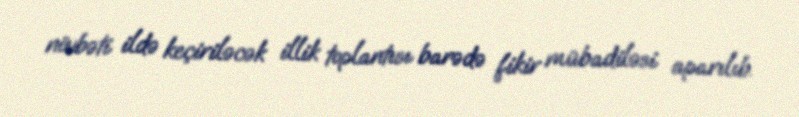
növbəti ildə keçiriləcək illik toplantısı barədə fikir mübadiləsi aparılıb.